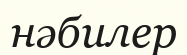
нәбилер